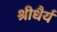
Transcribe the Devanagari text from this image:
श्रीधैर्य